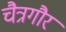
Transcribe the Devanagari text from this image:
चैत्रगौर